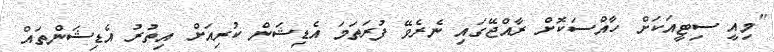
"މިއީ ސިޓީއަކަށް ހާއްސަކޮށް ރާއްޖޭގައި ނެރެވޭ ފުރަތަމަ އެޑިޝަން ކުރިއަށް އިތުރު އެޑިޝަންތައް